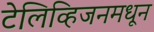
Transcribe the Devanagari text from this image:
टेलिव्हिजनमधून